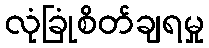
လုံခြုံစိတ်ချရမှု